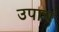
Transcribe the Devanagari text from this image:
उपाच